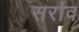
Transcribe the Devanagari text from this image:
सर्राव